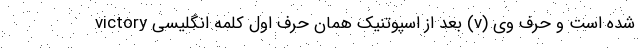
شده است و حرف وی (v) بعد از اسپوتنیک همان حرف اول کلمه انگلیسی victory